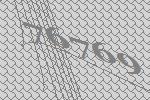
76769